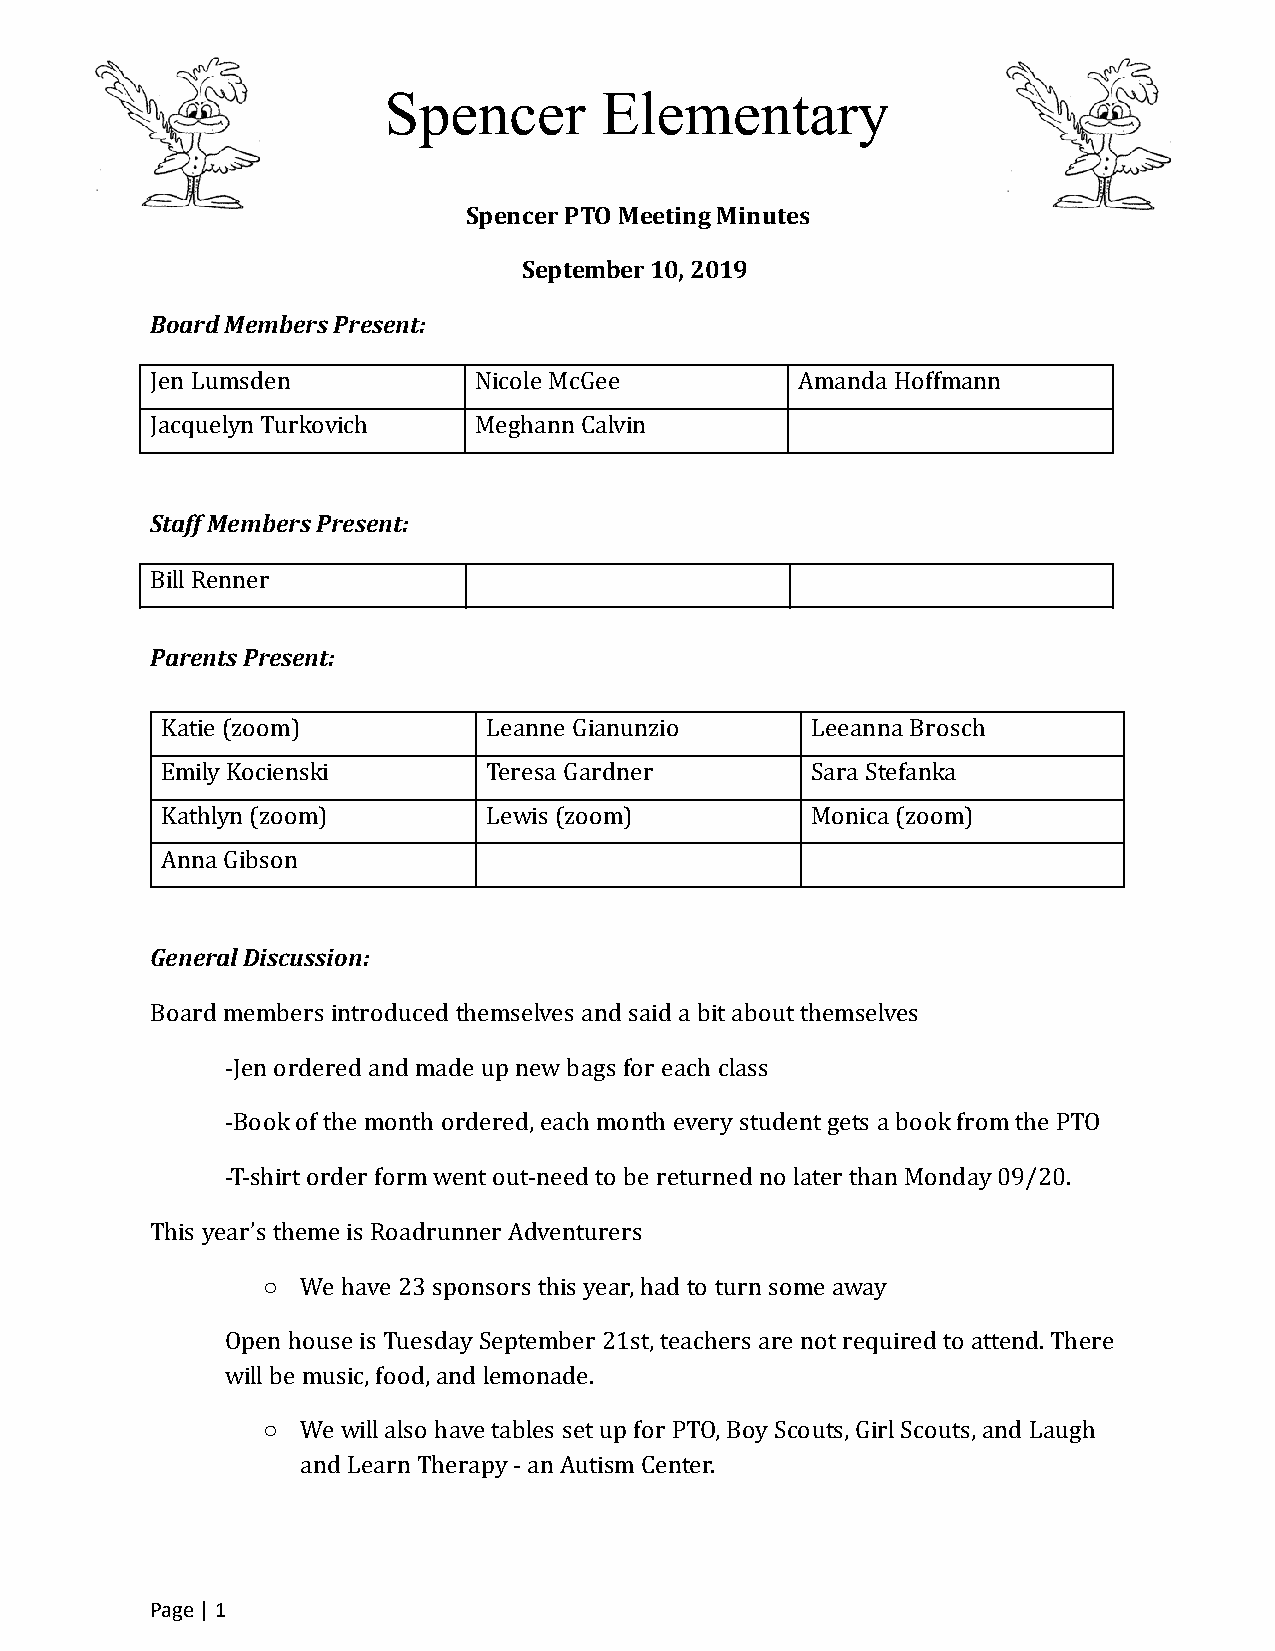
Spencer        Elementary
 Spencer PTO Meeting Minutes
 September 10, 2019
 Board Members Present:
 Jen Lumsden          Nicole McGee          Amanda Hoffmann
 Jacquelyn Turkovich  Meghann Calvin
 Staff Members Present:
 Bill Renner
 Parents Present:
 Katie (zoom)         Leanne Gianunzio      Leeanna Brosch
 Emily Kocienski      Teresa Gardner        Sara Stefanka
 Kathlyn (zoom)       Lewis (zoom)          Monica (zoom)
 Anna Gibson
 General Discussion:
 Board members introduced themselves and said a bit about themselves
 -Jen ordered and made up new bags for each class
 -Book of the month ordered, each month every student gets a book from the PTO
 -T-shirt order form went out-need to be returned no later than Monday 09/20.
 This year’s theme is Roadrunner Adventurers
 ○  We have 23 sponsors this year, had to turn some away
 Open house is Tuesday September 21st, teachers are not required to attend. There
 will be music, food, and lemonade.
 ○  We will also have tables set up for PTO, Boy Scouts, Girl Scouts, and Laugh
 and Learn Therapy - an Autism Center.
 Page | 1